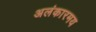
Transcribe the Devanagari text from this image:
अलंकारमय